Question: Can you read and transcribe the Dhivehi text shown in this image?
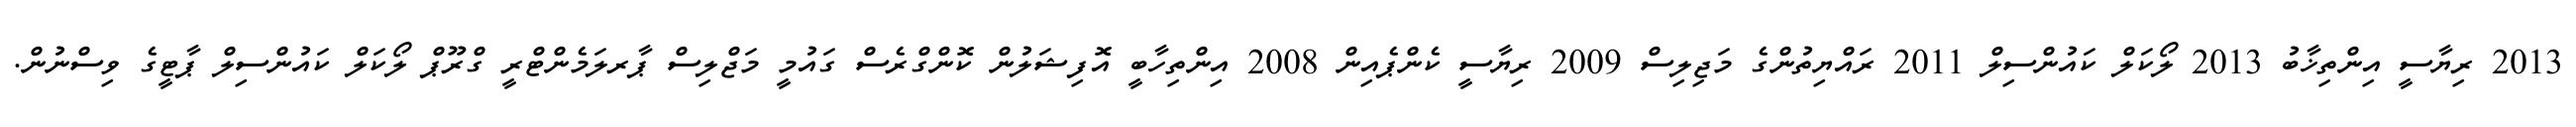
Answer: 2013 ރިޔާސީ އިންތިޚާބު 2013 ލޯކަލް ކައުންސިލް 2011 ރައްޔިތުންގެ މަޖިލިސް 2009 ރިޔާސީ ކެންޕެއިން 2008 އިންތިހާބީ އޮފިޝަލުން ކޮންގްރެސް ގައުމީ މަޖްލިސް ޕާރލަމެންޓްރީ ގްރޫޕް ލޯކަލް ކައުންސިލް ޕާޓީގެ ވިސްނުން.